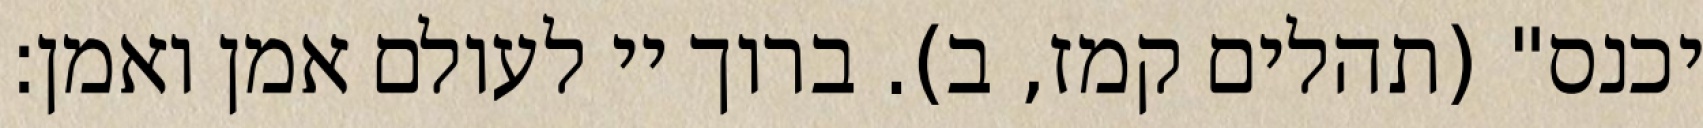
יכנס" (תהלים קמז, ב). ברוך יי לעולם אמן ואמן: